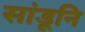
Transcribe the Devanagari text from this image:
सांडूनि